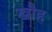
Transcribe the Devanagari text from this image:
खौह